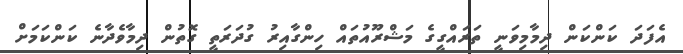
އެފަދަ ކަންކަން ދިމާމިވަނީ ތަރައްގީގެ މަޝްރޫއުތައް ހިންގާއިރު ގުދަރަތީ ގޮތުން ދިމާވެދާނެ ކަންކަމަށް